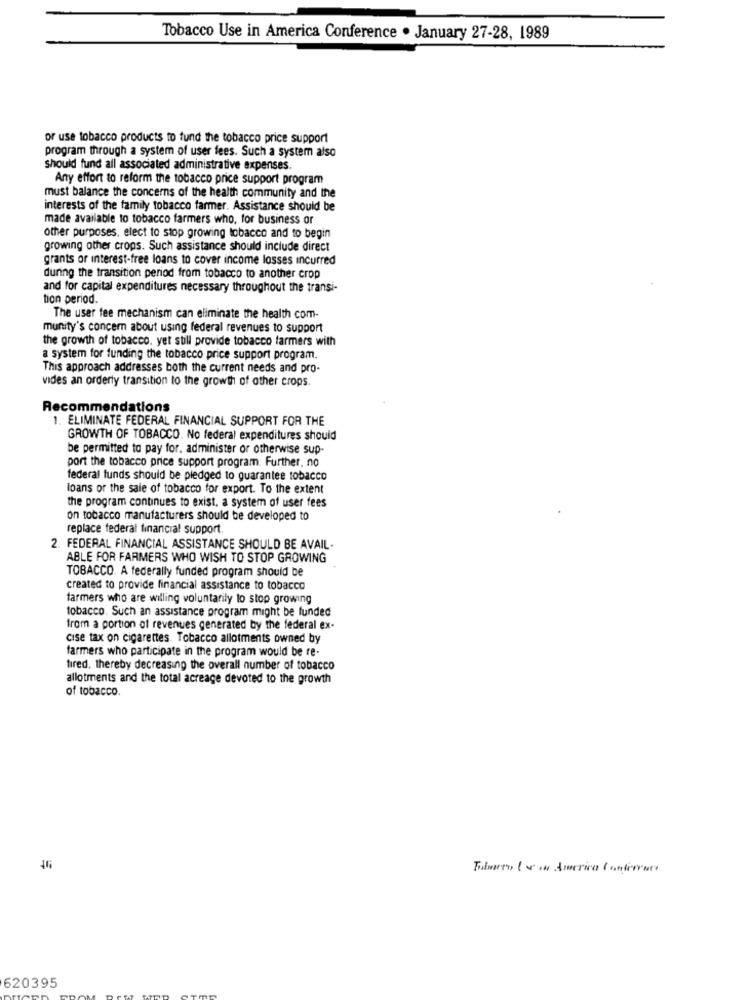
Tobacco Use in America Conference . January 27-28, 1989
or use tobacco products to fund the tobacco price support
program through a system of user fees. Such a system also
should fund all associated administrative expenses.
Any effort to reform the tobacco price support program
must balance the concerns of the health community and the
interests of the family tobacco farmer. Assistance should be
made available to tobacco farmers who, for business or
other purposes, elect to stop growing tobacco and to begin
growing other crops. Such assistance should include direct
grants or interest-free loans to cover income losses incurred
during the transition period from tobacco to another crop
and for capital expenditures necessary throughout the transi-
tion period.
The user fee mechanism can eliminate the health com-
munity's concern about using federal revenues to support
the growth of tobacco. yet still provide tobacco farmers with
a system for funding the tobacco price support program.
This approach addresses both the current needs and pro-
vides an orderly transition to the growth of other crops.
Recommendations
1. ELIMINATE FEDERAL FINANCIAL SUPPORT FOR THE
GROWTH OF TOBACCO. No federal expenditures should
be permitted to pay for. administer or otherwise sup-
port the tobacco price support program. Further. no
federal funds should be pledged to guarantee tobacco
loans or the sale of tobacco for export. To the extent
the program continues to exist, a system of user fees
on tobacco manufacturers should be developed to
replace federal financial support
2. FEDERAL FINANCIAL ASSISTANCE SHOULD BE AVAIL-
ABLE FOR FARMERS WHO WISH TO STOP GROWING
TOBACCO. A federally funded program should be
created to provide financial assistance to tobacco
farmers who are willing voluntarily to stop growing
tobacco. Such an assistance program might be funded
from a portion of revenues generated by the federal ex-
cise tax on cigarettes. Tobacco allotments owned by
farmers who participate in the program would be re-
tired, thereby decreasing the overall number of tobacco
allotments and the total acreage devoted to the growth
of tobacco.
46
620395